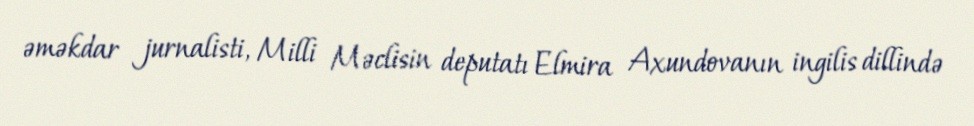
əməkdar jurnalisti, Milli Məclisin deputatı Elmira Axundovanın ingilis dillində